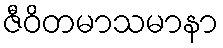
ဇီဝိတမာသမာနာ